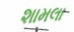
શામલા